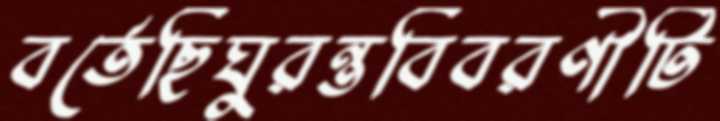
বর্তেছিঘুরন্তবিবরণীটি